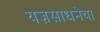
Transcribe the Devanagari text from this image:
यज्ञसाधनेचा